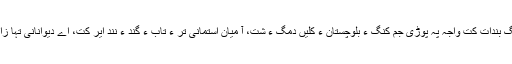
آئی ءَ وتی ھیال ءَ گُڈی دروشم دیگ ءِ آترا پُوڑی جم کنگ بندات کُت واجہ پہ پوڑی جَم کنگ ءَ بلوچستان ءِ کُلیں دمگ ءَ شُت، آ میان اُستمانی تر ءُ تاب ءُ گند ءُ نند ایر کُت، اے دیوانانی تہا زانتکار، کواس ءُ چاگردی کار کنوک جوانی ءَ بہر زرت۔